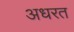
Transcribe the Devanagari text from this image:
अधरत